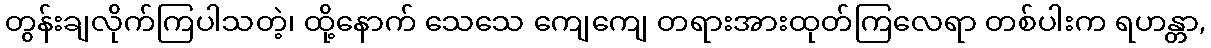
တွန်းချလိုက်ကြပါသတဲ့၊ ထို့နောက် သေသေ ကျေကျေ တရားအားထုတ်ကြလေရာ တစ်ပါးက ရဟန္တာ,